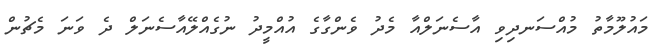
މައުލޫމާތު މުއްސަނދިވި އާސެނަލްއާ މެދު ވެންގާގެ އުއްމީދު ނުގެއްލޭއާސެނަލް ދެ ވަނަ މެޗުން